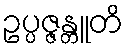
ဥပ္ပဇ္ဇန္တူတိ